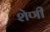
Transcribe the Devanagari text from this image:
शेणी